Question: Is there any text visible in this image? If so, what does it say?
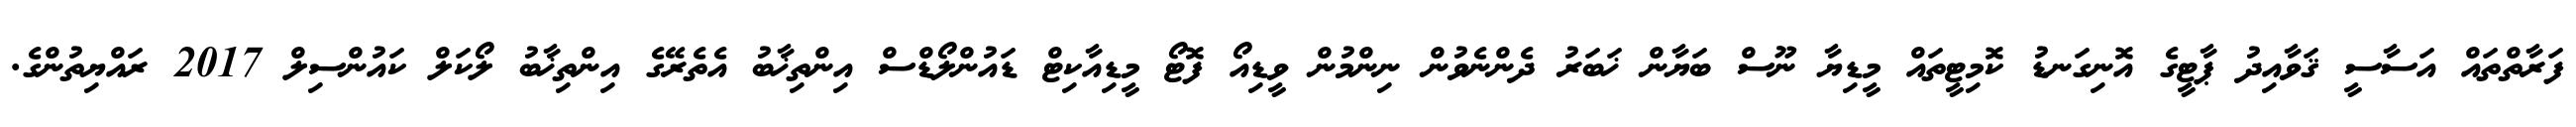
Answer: ފަރާތްތައް އަސާސީ ޤަވާއިދު ޕާޓީގެ އޮނިގަނޑު ކޮމިޓީތައް މީޑިޔާ ނޫސް ބަޔާން ޚަބަރު ދެންނެވުން ނިންމުން ވީޑިއޯ ފޮޓޯ މީޑިއާކިޓް ޑައުންލޯޑްސް އިންތިޚާބު އެތެރޭގެ އިންތިޚާބު ލޯކަލް ކައުންސިލް 2017 ރައްޔިތުންގެ.